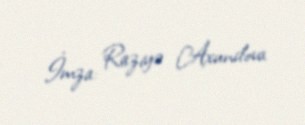
İmza: Raziyə Axundova